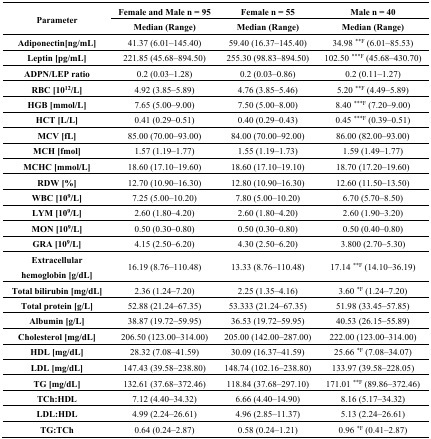
<table><thead><tr><td rowspan="2"><b>Parameter</b></td><td><b>Female and Male n = 95</b></td><td><b>Female n = 55</b></td><td><b>Male n = 40</b></td></tr><tr><td><b>Median (Range)</b></td><td><b>Median (Range)</b></td><td><b>Median (Range)</b></td></tr></thead><tbody><tr><td><b>Adiponectin[ng/mL]</b></td><td>41.37 (6.01–145.40)</td><td>59.40 (16.37–145.40)</td><td>34.98 <sup>**F</sup> (6.01–85.53)</td></tr><tr><td><b>Leptin [pg/mL]</b></td><td>221.85 (45.68–894.50)</td><td>255.30 (98.83–894.50)</td><td>102.50 <sup>***F</sup> (45.68–430.70)</td></tr><tr><td><b>ADPN/LEP ratio</b></td><td>0.2 (0.03–1.28)</td><td>0.2 (0.03–0.86)</td><td>0.2 (0.11–1.27)</td></tr><tr><td><b>RBC [10<sup>12</sup>/L]</b></td><td>4.92 (3.85–5.89)</td><td>4.76 (3.85–5.46)</td><td>5.20 <sup>**F</sup> (4.49–5.89)</td></tr><tr><td><b>HGB [mmol/L]</b></td><td>7.65 (5.00–9.00)</td><td>7.50 (5.00–8.00)</td><td>8.40 <sup>***F</sup> (7.20–9.00)</td></tr><tr><td><b>HCT [L/L]</b></td><td>0.41 (0.29–0.51)</td><td>0.40 (0.29–0.43)</td><td>0.45 <sup>***F</sup> (0.39–0.51)</td></tr><tr><td><b>MCV [fL]</b></td><td>85.00 (70.00–93.00)</td><td>84.00 (70.00–92.00)</td><td>86.00 (82.00–93.00)</td></tr><tr><td><b>MCH [fmol]</b></td><td>1.57 (1.19–1.77)</td><td>1.55 (1.19–1.73)</td><td>1.59 (1.49–1.77)</td></tr><tr><td><b>MCHC [mmol/L]</b></td><td>18.60 (17.10–19.60)</td><td>18.60 (17.10–19.10)</td><td>18.70 (17.20–19.60)</td></tr><tr><td><b>RDW [%]</b></td><td>12.70 (10.90–16.30)</td><td>12.80 (10.90–16.30)</td><td>12.60 (11.50–13.50)</td></tr><tr><td><b>WBC [10<sup>9</sup>/L]</b></td><td>7.25 (5.00–10.20)</td><td>7.80 (5.00–10.20)</td><td>6.70 (5.70–8.50)</td></tr><tr><td><b>LYM [10<sup>9</sup>/L]</b></td><td>2.60 (1.80–4.20)</td><td>2.60 (1.80–4.20)</td><td>2.60 (1.90–3.20)</td></tr><tr><td><b>MON [10<sup>9</sup>/L]</b></td><td>0.50 (0.30–0.80)</td><td>0.50 (0.30–0.80)</td><td>0.50 (0.40–0.80)</td></tr><tr><td><b>GRA [10<sup>9</sup>/L]</b></td><td>4.15 (2.50–6.20)</td><td>4.30 (2.50–6.20)</td><td>3.800 (2.70–5.30)</td></tr><tr><td><b>Extracellular hemoglobin [g/dL]</b></td><td>16.19 (8.76–110.48)</td><td>13.33 (8.76–110.48)</td><td>17.14 <sup>**F</sup> (14.10–36.19)</td></tr><tr><td><b>Total bilirubin [mg/dL]</b></td><td>2.36 (1.24–7.20)</td><td>2.25 (1.35–4.16)</td><td>3.60 <sup>*F</sup> (1.24–7.20)</td></tr><tr><td><b>Total protein [g/L]</b></td><td>52.88 (21.24–67.35)</td><td>53.333 (21.24–67.35)</td><td>51.98 (33.45–57.85)</td></tr><tr><td><b>Albumin [g/L]</b></td><td>38.87 (19.72–59.95)</td><td>36.53 (19.72–59.95)</td><td>40.53 (26.15–55.89)</td></tr><tr><td><b>Cholesterol [mg/dL]</b></td><td>206.50 (123.00–314.00)</td><td>205.00 (142.00–287.00)</td><td>222.00 (123.00–314.00)</td></tr><tr><td><b>HDL [mg/dL]</b></td><td>28.32 (7.08–41.59)</td><td>30.09 (16.37–41.59)</td><td>25.66 <sup>*F</sup> (7.08–34.07)</td></tr><tr><td><b>LDL [mg/dL]</b></td><td>147.43 (39.58–238.80)</td><td>148.74 (102.16–238.80)</td><td>133.97 (39.58–228.05)</td></tr><tr><td><b>TG [mg/dL]</b></td><td>132.61 (37.68–372.46)</td><td>118.84 (37.68–297.10)</td><td>171.01 <sup>**F</sup> (89.86–372.46)</td></tr><tr><td><b>TCh:HDL</b></td><td>7.12 (4.40–34.32)</td><td>6.66 (4.40–14.90)</td><td>8.16 (5.17–34.32)</td></tr><tr><td><b>LDL:HDL</b></td><td>4.99 (2.24–26.61)</td><td>4.96 (2.85–11.37)</td><td>5.13 (2.24–26.61)</td></tr><tr><td><b>TG:TCh</b></td><td>0.64 (0.24–2.87)</td><td>0.58 (0.24–1.21)</td><td>0.96 <sup>*F</sup> (0.41–2.87)</td></tr></tbody></table>